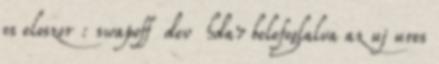
es eloszor : swapoff dev hda7 belefoglalva az uj ures